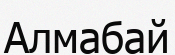
Алмабай